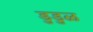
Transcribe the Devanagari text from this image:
डुडुळ